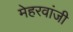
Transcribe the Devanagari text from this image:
मेहरवांजी